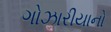
ગોઝારીયાનો